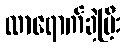
လာရောက်ခဲ့ပြီး